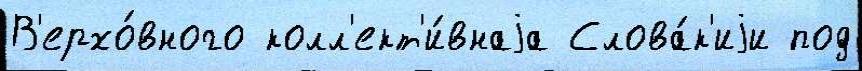
В'ерхо́вного колл'ект'и́внаjа Слова́к'иjи под